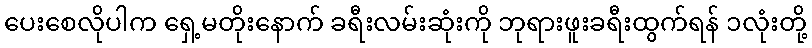
ပေးစေလိုပါက ရှေ့မတိုးနောက် ခရီးလမ်းဆုံးကို ဘုရားဖူးခရီးထွက်ရန် ၁လုံးတို့